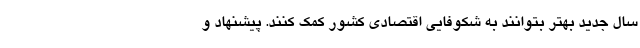
سال جدید بهتر بتوانند به شکوفایی اقتصادی کشور کمک کنند. پیشنهاد و